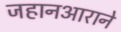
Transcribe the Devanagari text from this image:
जहानआराने